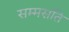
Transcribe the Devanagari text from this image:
सम्मसति